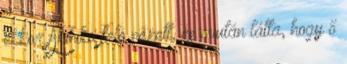
ekkor Akihiko felé nézett, és miután látta, hogy ő